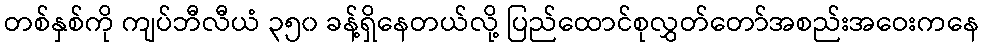
တစ်နှစ်ကို ကျပ်ဘီလီယံ ၃၅၀ ခန့်ရှိနေတယ်လို့ ပြည်ထောင်စုလွှတ်တော်အစည်းအဝေးကနေ